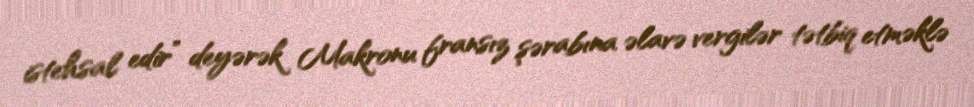
istehsal edir” deyərək Makronu fransız şərabına əlavə vergilər tətbiq etməklə